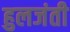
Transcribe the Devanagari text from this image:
हुलजंती